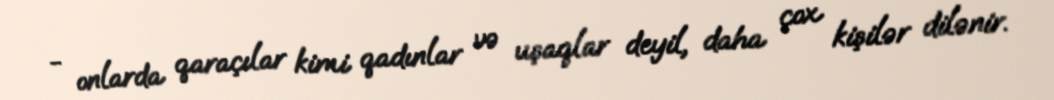
- onlarda qaraçılar kimi qadınlar və uşaqlar deyil, daha çox kişilər dilənir.